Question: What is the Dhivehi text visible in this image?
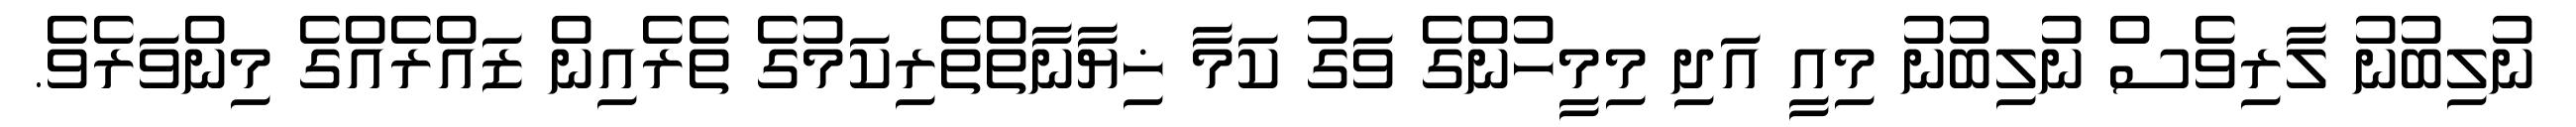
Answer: ނުލިބުނު ލާރިވެސް ނުލިބުނު މިއީ އަދި މިމީހުންގެ ވަގު ކަމާ ޚިޔާނާތްތެރިކަމުގެ ތެރެއިން ޒައްރެއްގެ މިންވަރެވެ.